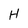
Character: H